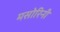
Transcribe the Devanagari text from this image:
मसोरिनी